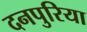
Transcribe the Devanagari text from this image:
दनपुरिया